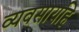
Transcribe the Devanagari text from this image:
व्यवसायहि